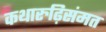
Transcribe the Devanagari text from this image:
कथारुढ़िसंमत